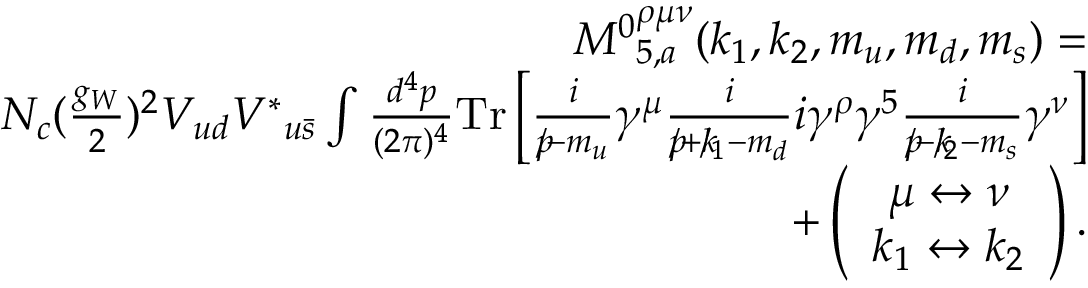
\begin{array} { r l r } & { } & { { M ^ { 0 } } _ { 5 , a } ^ { \rho \mu \nu } ( k _ { 1 } , k _ { 2 } , m _ { u } , m _ { d } , m _ { s } ) = } \\ & { } & { N _ { c } ( \frac { g _ { W } } { 2 } ) ^ { 2 } V _ { u d } { V ^ { \ast } } _ { u \bar { s } } \int \frac { d ^ { 4 } p } { ( 2 \pi ) ^ { 4 } } \mathrm { { T r } } \left[ \frac { i } { p \! \! \! / - m _ { u } } \gamma ^ { \mu } \frac { i } { p \! \! \! / + k \! \! \! / _ { 1 } - m _ { d } } i \gamma ^ { \rho } \gamma ^ { 5 } \frac { i } { p \! \! \! / - k \! \! \! / _ { 2 } - m _ { s } } \gamma ^ { \nu } \right] } \\ & { } & { + \left( \begin{array} { c } { \mu \leftrightarrow \nu } \\ { k _ { 1 } \leftrightarrow k _ { 2 } } \end{array} \right) . } \end{array}